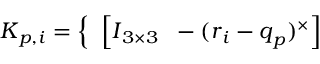
\begin{array} { r } { \boldsymbol { K } _ { p , i } = \left\{ \begin{array} { l l } { \left[ \boldsymbol { I } _ { 3 \times 3 } \; \; - ( \boldsymbol { r } _ { i } - \boldsymbol { q } _ { p } ) ^ { \times } \right] } \end{array} \right. } \end{array}